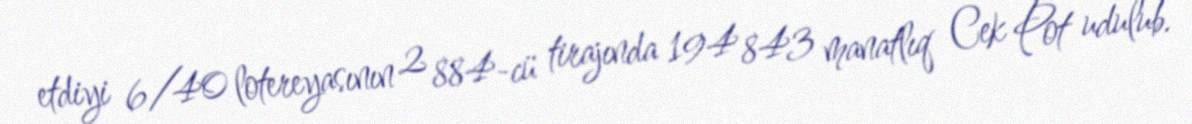
etdiyi 6/40 lotereyasının 2 884-cü tirajında 194 843 manatlıq Cek Pot udulub.